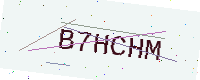
Text: B7HCHM